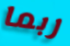
ربما